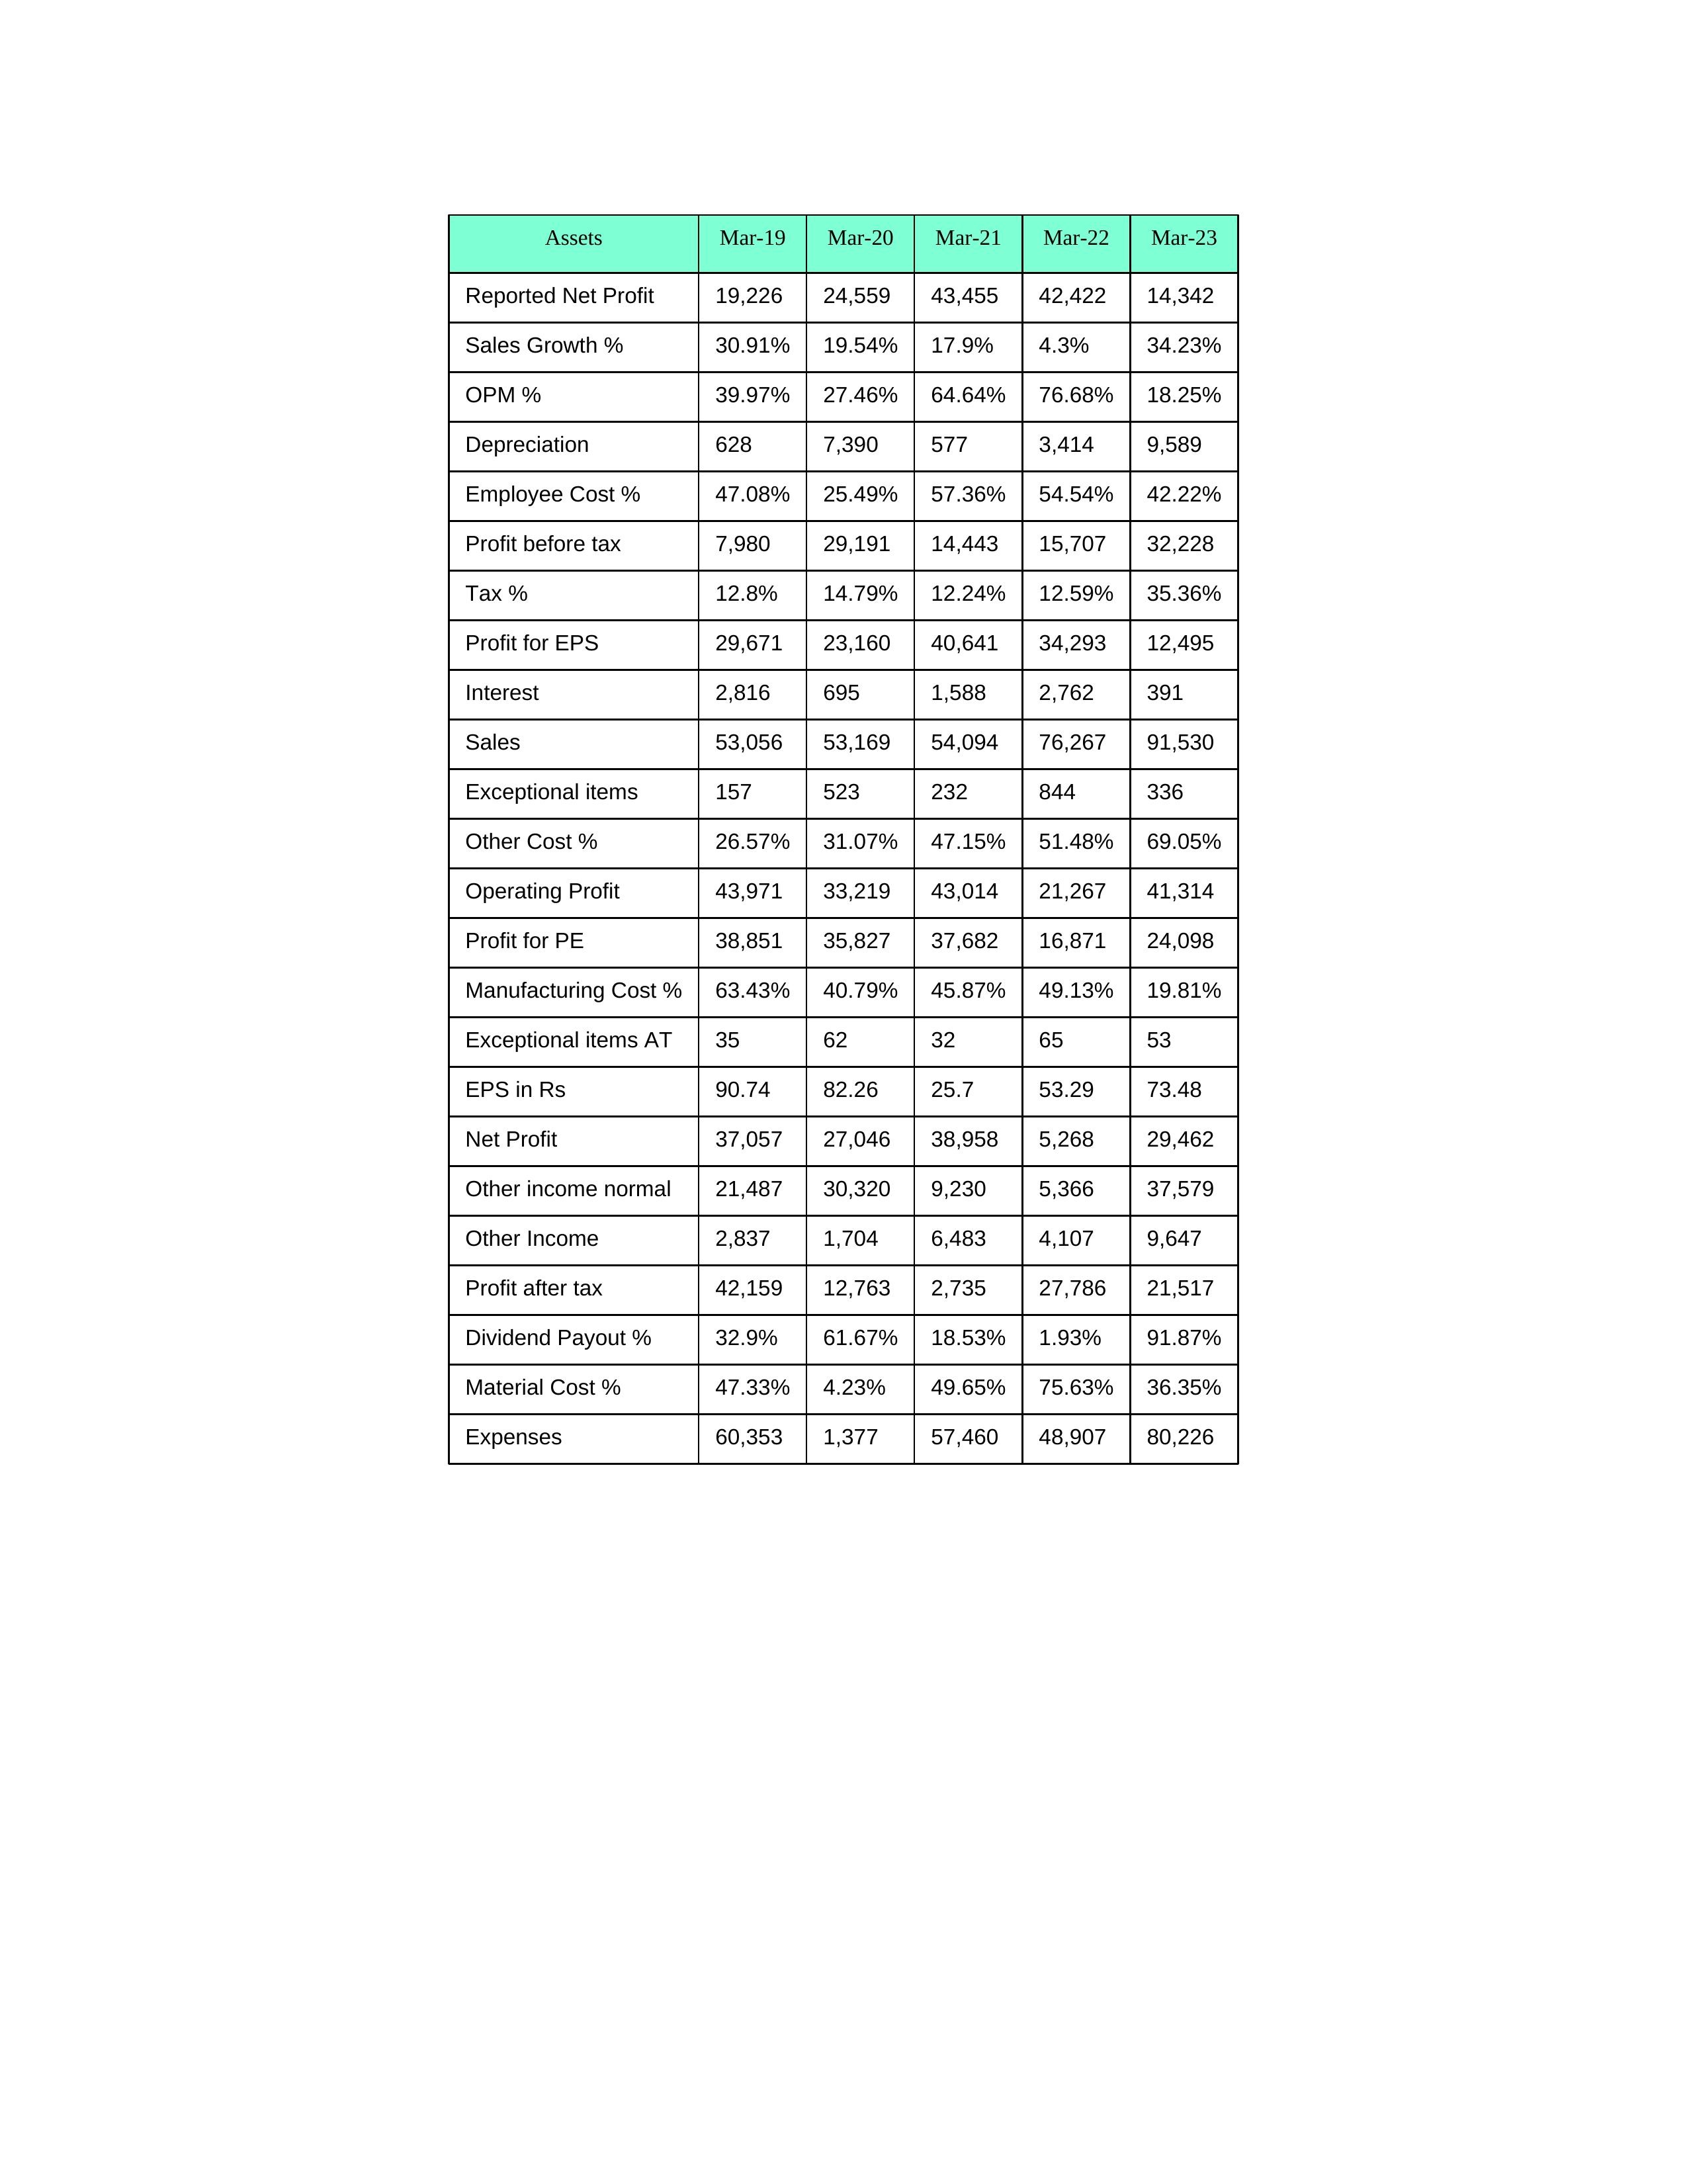
gt_parse: Mar-19: Sales: 53,056
Sales Growth %: 30.91%
Expenses: 60,353
Material Cost %: 47.33%
Manufacturing Cost %: 63.43%
Employee Cost %: 47.08%
Other Cost %: 26.57%
Operating Profit: 43,971
OPM %: 39.97%
Other Income: 2,837
Exceptional items: 157
Other income normal: 21,487
Interest: 2,816
Depreciation: 628
Profit before tax: 7,980
Tax %: 12.8%
Net Profit: 37,057
Profit after tax: 42,159
Reported Net Profit: 19,226
Profit for EPS: 29,671
Exceptional items AT: 35
Profit for PE: 38,851
EPS in Rs: 90.74
Dividend Payout %: 32.9%
Mar-20: Sales: 53,169
Sales Growth %: 19.54%
Expenses: 1,377
Material Cost %: 4.23%
Manufacturing Cost %: 40.79%
Employee Cost %: 25.49%
Other Cost %: 31.07%
Operating Profit: 33,219
OPM %: 27.46%
Other Income: 1,704
Exceptional items: 523
Other income normal: 30,320
Interest: 695
Depreciation: 7,390
Profit before tax: 29,191
Tax %: 14.79%
Net Profit: 27,046
Profit after tax: 12,763
Reported Net Profit: 24,559
Profit for EPS: 23,160
Exceptional items AT: 62
Profit for PE: 35,827
EPS in Rs: 82.26
Dividend Payout %: 61.67%
Mar-21: Sales: 54,094
Sales Growth %: 17.9%
Expenses: 57,460
Material Cost %: 49.65%
Manufacturing Cost %: 45.87%
Employee Cost %: 57.36%
Other Cost %: 47.15%
Operating Profit: 43,014
OPM %: 64.64%
Other Income: 6,483
Exceptional items: 232
Other income normal: 9,230
Interest: 1,588
Depreciation: 577
Profit before tax: 14,443
Tax %: 12.24%
Net Profit: 38,958
Profit after tax: 2,735
Reported Net Profit: 43,455
Profit for EPS: 40,641
Exceptional items AT: 32
Profit for PE: 37,682
EPS in Rs: 25.7
Dividend Payout %: 18.53%
Mar-22: Sales: 76,267
Sales Growth %: 4.3%
Expenses: 48,907
Material Cost %: 75.63%
Manufacturing Cost %: 49.13%
Employee Cost %: 54.54%
Other Cost %: 51.48%
Operating Profit: 21,267
OPM %: 76.68%
Other Income: 4,107
Exceptional items: 844
Other income normal: 5,366
Interest: 2,762
Depreciation: 3,414
Profit before tax: 15,707
Tax %: 12.59%
Net Profit: 5,268
Profit after tax: 27,786
Reported Net Profit: 42,422
Profit for EPS: 34,293
Exceptional items AT: 65
Profit for PE: 16,871
EPS in Rs: 53.29
Dividend Payout %: 1.93%
Mar-23: Sales: 91,530
Sales Growth %: 34.23%
Expenses: 80,226
Material Cost %: 36.35%
Manufacturing Cost %: 19.81%
Employee Cost %: 42.22%
Other Cost %: 69.05%
Operating Profit: 41,314
OPM %: 18.25%
Other Income: 9,647
Exceptional items: 336
Other income normal: 37,579
Interest: 391
Depreciation: 9,589
Profit before tax: 32,228
Tax %: 35.36%
Net Profit: 29,462
Profit after tax: 21,517
Reported Net Profit: 14,342
Profit for EPS: 12,495
Exceptional items AT: 53
Profit for PE: 24,098
EPS in Rs: 73.48
Dividend Payout %: 91.87%